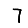
Digit: 7